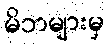
မိဘများမှ